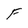
Character: f